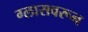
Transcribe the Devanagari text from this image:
ग्लासवरून